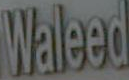
Walad